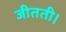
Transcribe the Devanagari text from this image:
जीतती।